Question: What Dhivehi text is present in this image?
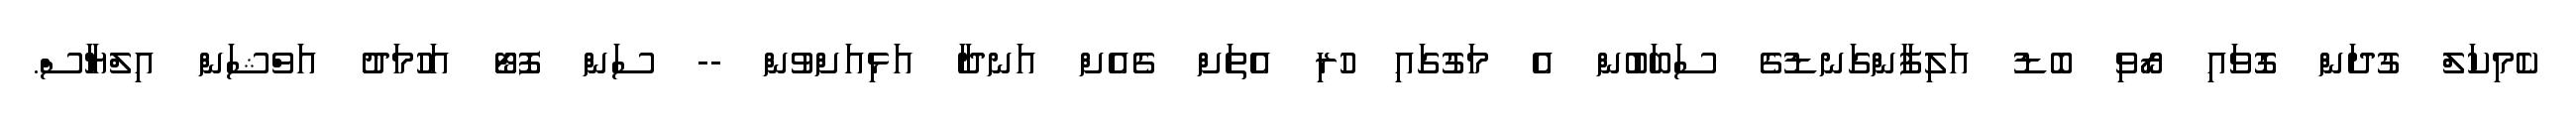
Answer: ކެމިކަލް ގުދަން ގޮވައި ރޯވި ބޮޑު އަލިފާންގަނޑުގެ ސަބަބުން އެ މަގުގައި ހުރި އެތަށް ގެއެށް އަނދާ އަޅިއަށްވުން -- ސަން ފޮޓޯ އަހުމަދު އަވްޝަން އިލްޔާސް.